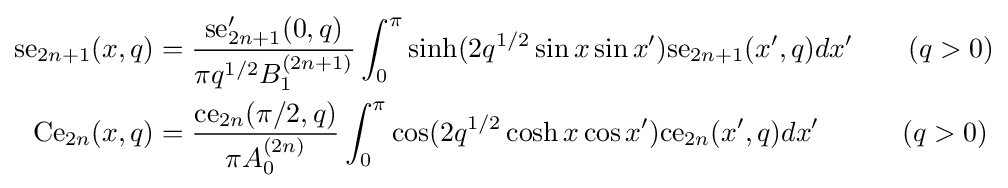
{\begin{aligned}{\text{se}}_{2n+1}(x,q)&={\frac {{\text{se}}'_{2n+1}(0,q)}{\pi q^{1/2}B_{1}^{(2n+1)}}}\int _{0}^{\pi }\sinh(2q^{1/2}\sin x\sin x'){\text{se}}_{2n+1}(x',q)dx'\qquad (q>0)\\{\text{Ce}}_{2n}(x,q)&={\frac {{\text{ce}}_{2n}(\pi /2,q)}{\pi A_{0}^{(2n)}}}\int _{0}^{\pi }\cos(2q^{1/2}\cosh x\cos x'){\text{ce}}_{2n}(x',q)dx'\qquad \ \ \ (q>0)\end{aligned}}